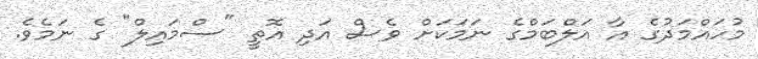
މުހައްމަދުގެ އާ އަލްބަމްގެ ނަމަކަށް ވެސް އަދި އޮތީ "ސްމައިލް" ގެ ނަމެވެ.